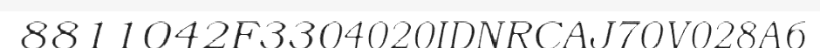
8811042F3304020IDNRCAJ70V028A6